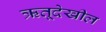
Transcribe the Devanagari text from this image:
ऋतूदेखील